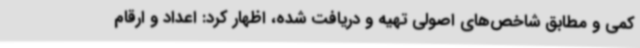
کمی و مطابق شاخص‌های اصولی تهیه و دریافت شده، اظهار کرد: اعداد و ارقام